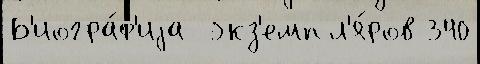
Б'иогра́ф'иjа  экз'емпл'я́ров 340